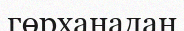
гөрханадан